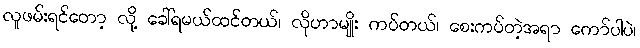
လူဖမ်းရင်တော့ လို့ ခေါ်ရမယ်ထင်တယ်၊ လိုဟာမျိုး ကပ်တယ်၊ စေးကပ်တဲ့အရာ ကော်ပါပဲ၊